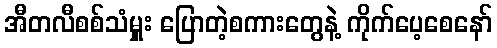
အီတလီစစ်သံမှူး ပြောတဲ့စကားတွေနဲ့ ကိုက်ပေ့စေနော်